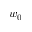
w _ { 0 }